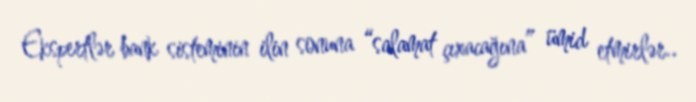
Ekspertlər bank sisteminin ilin sonuna “salamat çıxacağına” ümid etmirlər..